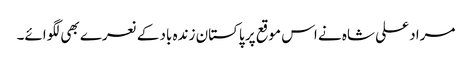
مراد علی شاہ نے اس موقع پر پاکستان زندہ باد کے نعرے بھی لگوائے۔